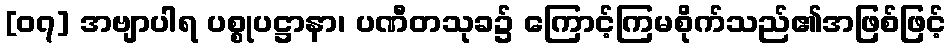
[၀၇] အဗျာပါရ ပစ္စုပဋ္ဌာနာ၊ ပဏီတသုခ၌ ကြောင့်ကြမစိုက်သည်၏အဖြစ်ဖြင့်